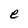
Character: e